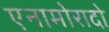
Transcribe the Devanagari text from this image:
एनामोरादो